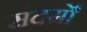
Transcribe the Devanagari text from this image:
संदर्मों